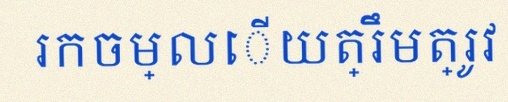
រកចម្លើយត្រឹមត្រូវ